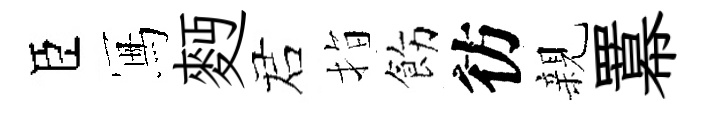
臣冩麪诺指飭彷親羃